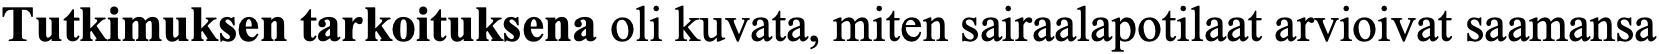
Tutkimuksen tarkoituksena oli kuvata, miten sairaalapotilaat arvioivat saamansa